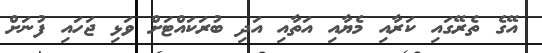
އޭގެ ތެރޭގައި ކަރާއި މެޔާއި އަތާއި އަދި ބުރަކައްޓަށް ވަޅި ޖަހައި ފުނަށް